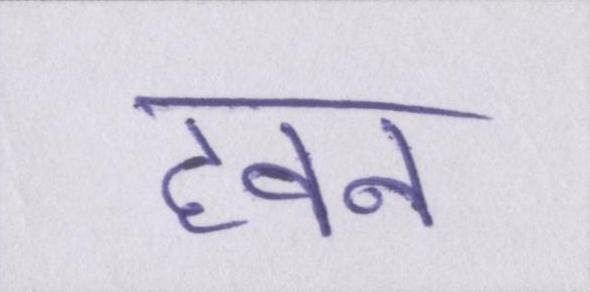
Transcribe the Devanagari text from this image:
हवन